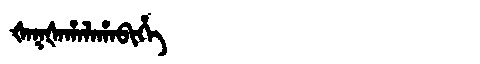
Manchu: ᡧᠠᡴᡧᠠᡥᠠᠯᠠᡥᠠᠪᡳᡥᡝ
Romanization: ŠAKŠAHALAHABIHE